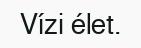
Vízi élet.